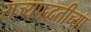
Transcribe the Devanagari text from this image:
राज्यपद्धतीच्या